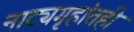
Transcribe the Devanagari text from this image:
नाट्यगृहांतही